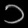
Digit: ၁